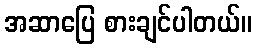
အဆာပြေ စားချင်ပါတယ်။